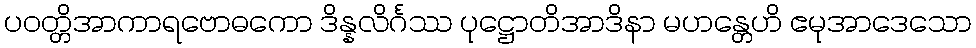
ပဝတ္တိအာကာရဗောဓကော ဒိန္နလိင်္ဂဿ ပုဋ္ဌောတိအာဒိနာ မဟန္တေဟိ ဧမုအာဒေသော